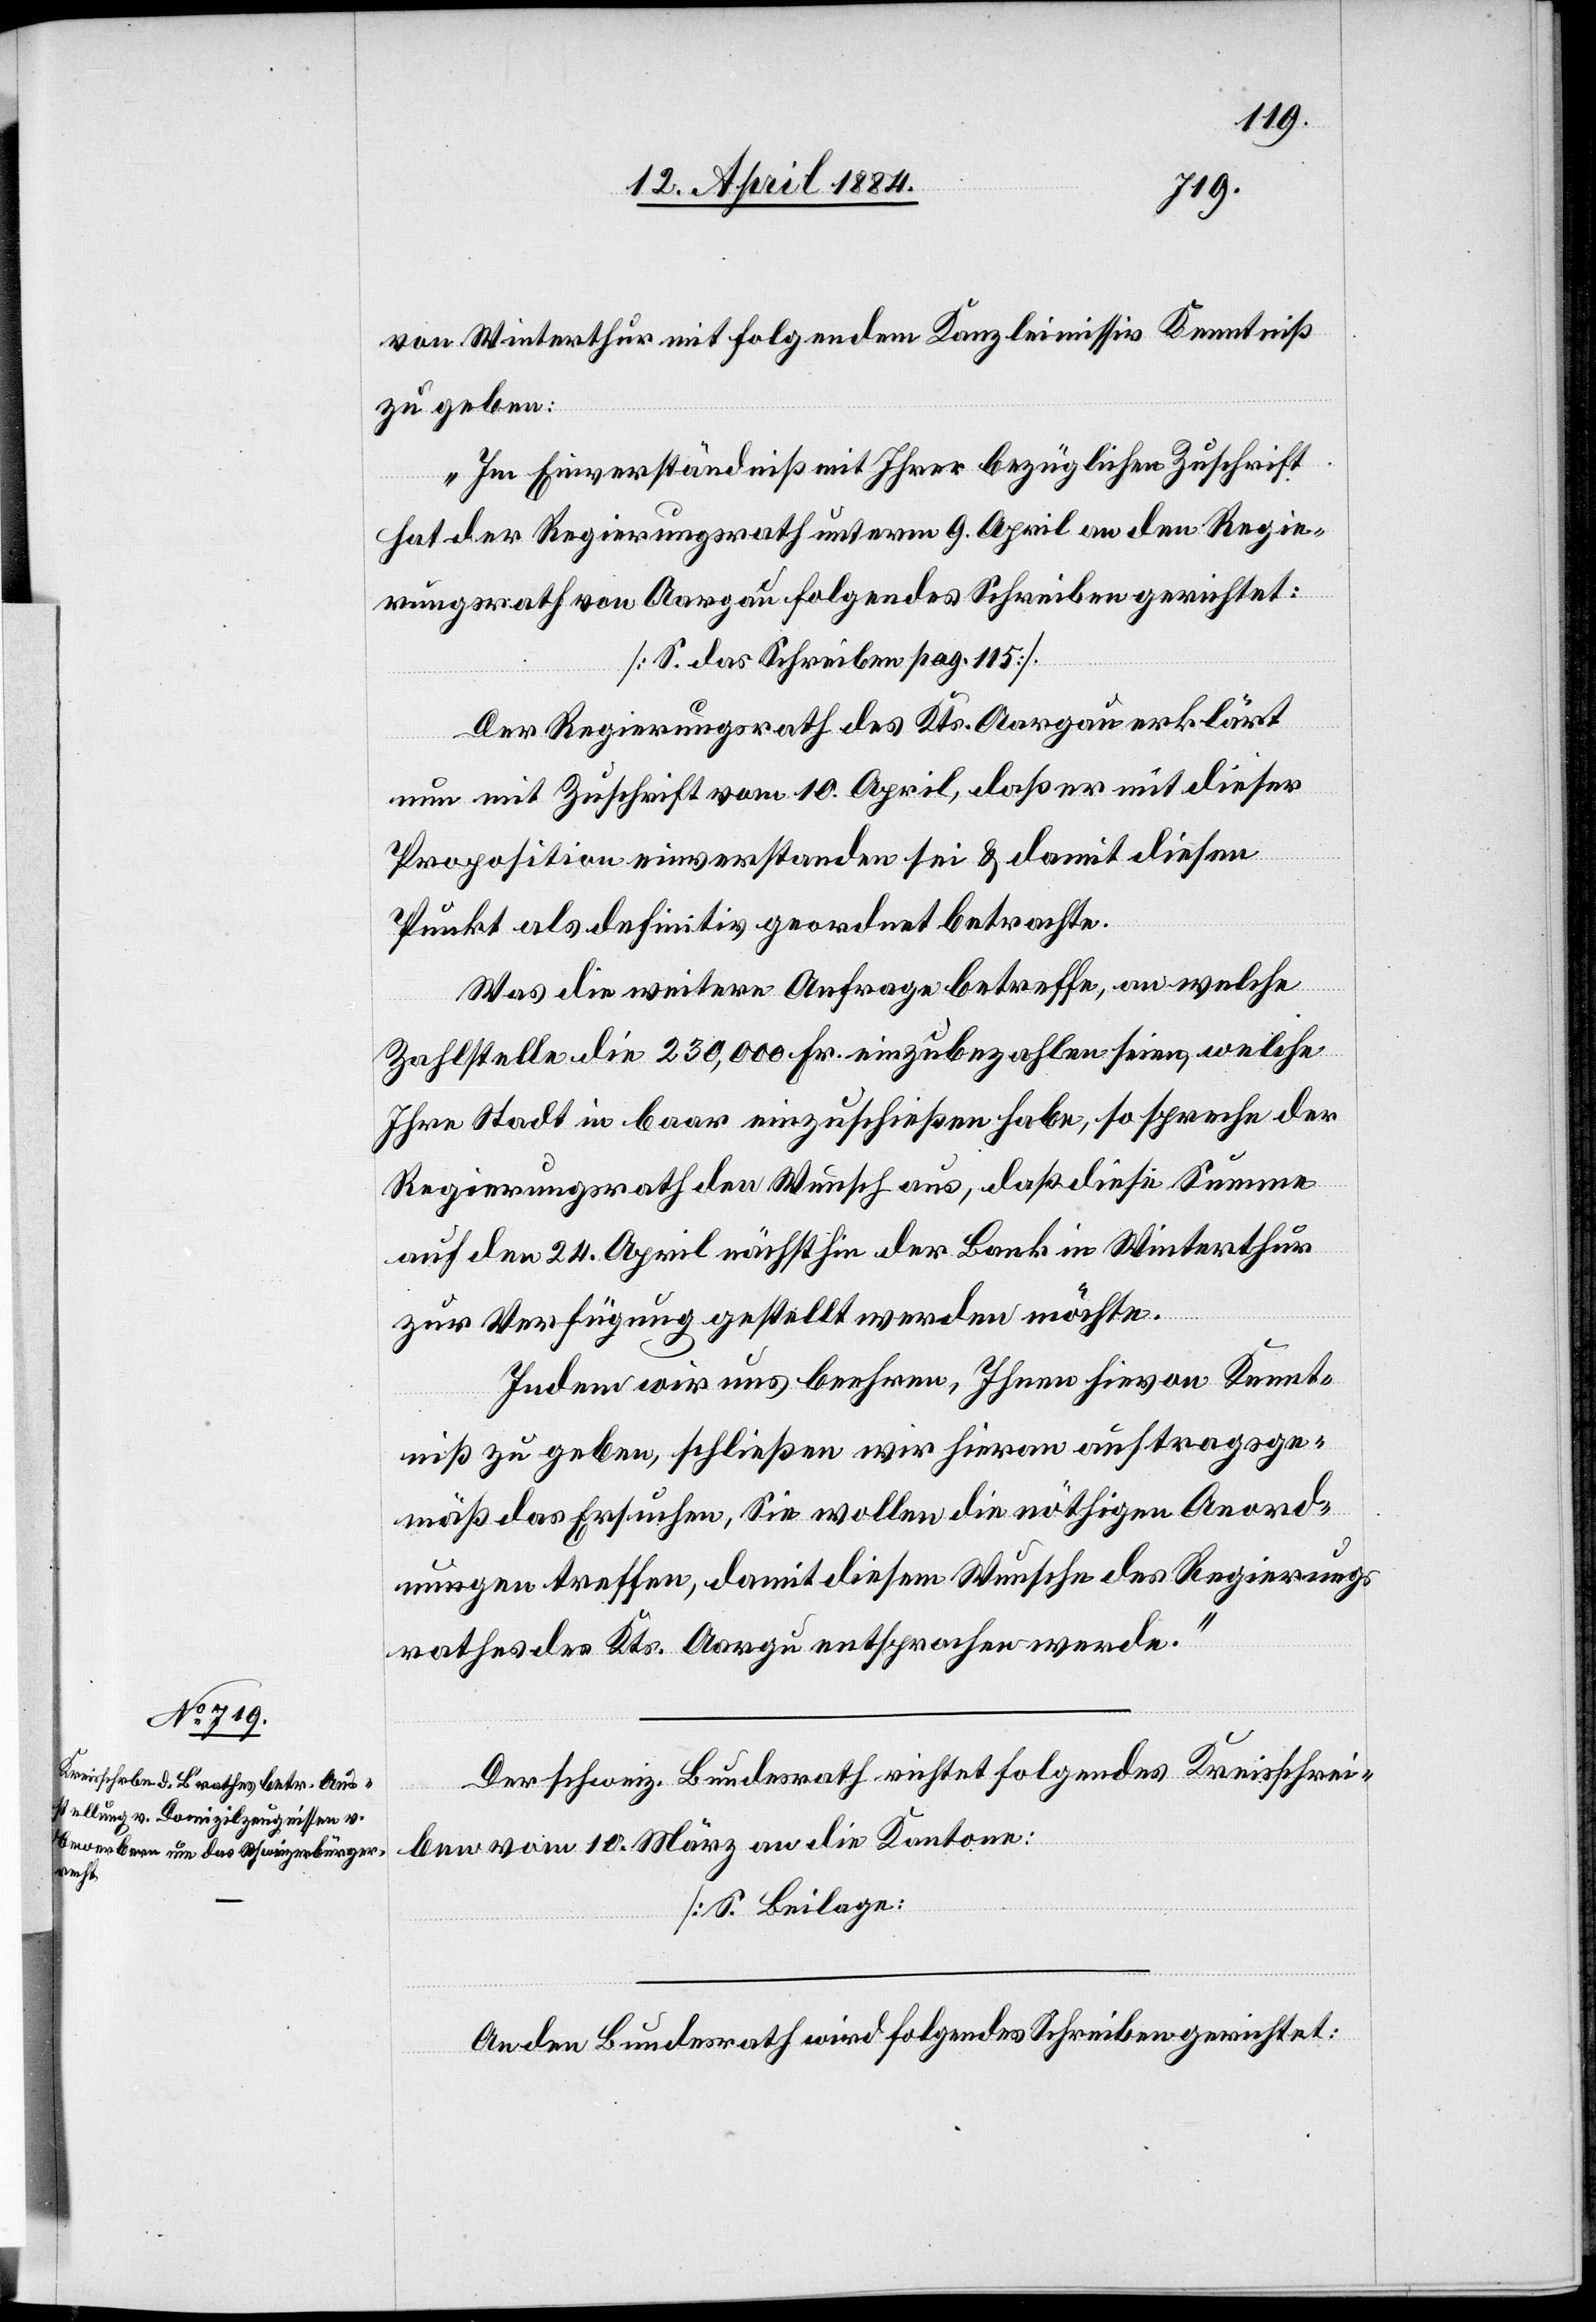
__________________

von Winterthur mit folgendem Kanzleimissiv Kenntniß
„Im Einverständniß mit Ihrer bezüglichen Zuschrift
gegeben:
hat der Regierungsrath unterm 9. April an den Regie¬
rungsrath von Aargau folgendes Schreiben gerichtet:
[S. das Schreiben pag. 115]
Der Regierungsrath des Kts. Aargau erklärt
nun mit Zuschrift vom 10. April, daß er mit dieser
Proposition einverstanden sei & damit diesen
Punkt als definitiv geordnet betrachte.
Was die weitere Anfrage betreffe, an welche
Zahlstelle die 230,000 Fr. einzubezahlen seien, welche
Ihre Stadt in baar einzuschießen habe, so spreche der
Regierungsrath den Wunsch aus, daß diese Summe
auf den 24. April nächsthin der Bank in Winterthur
zur Verfügung gestellte werden möchte.
Indem wir uns beehren, Ihnen hievon Kennt¬
niß zu geben, schließen wir hieran auftragsge¬
mäß das Ersuchen, Sie wollen die nöthigen Anord¬
nungen treffen, damit diesem Wunsche des Regierungs¬
rathe des Kts. Aargau entsprochen werde.“
Der schweiz. Bundesrath richtet folgendes Kreisschrei¬
ben vom 10. März an die Kantone:
[S. Beilage]
An den Bundesrath wird folgendes Schreiben gerichtet: